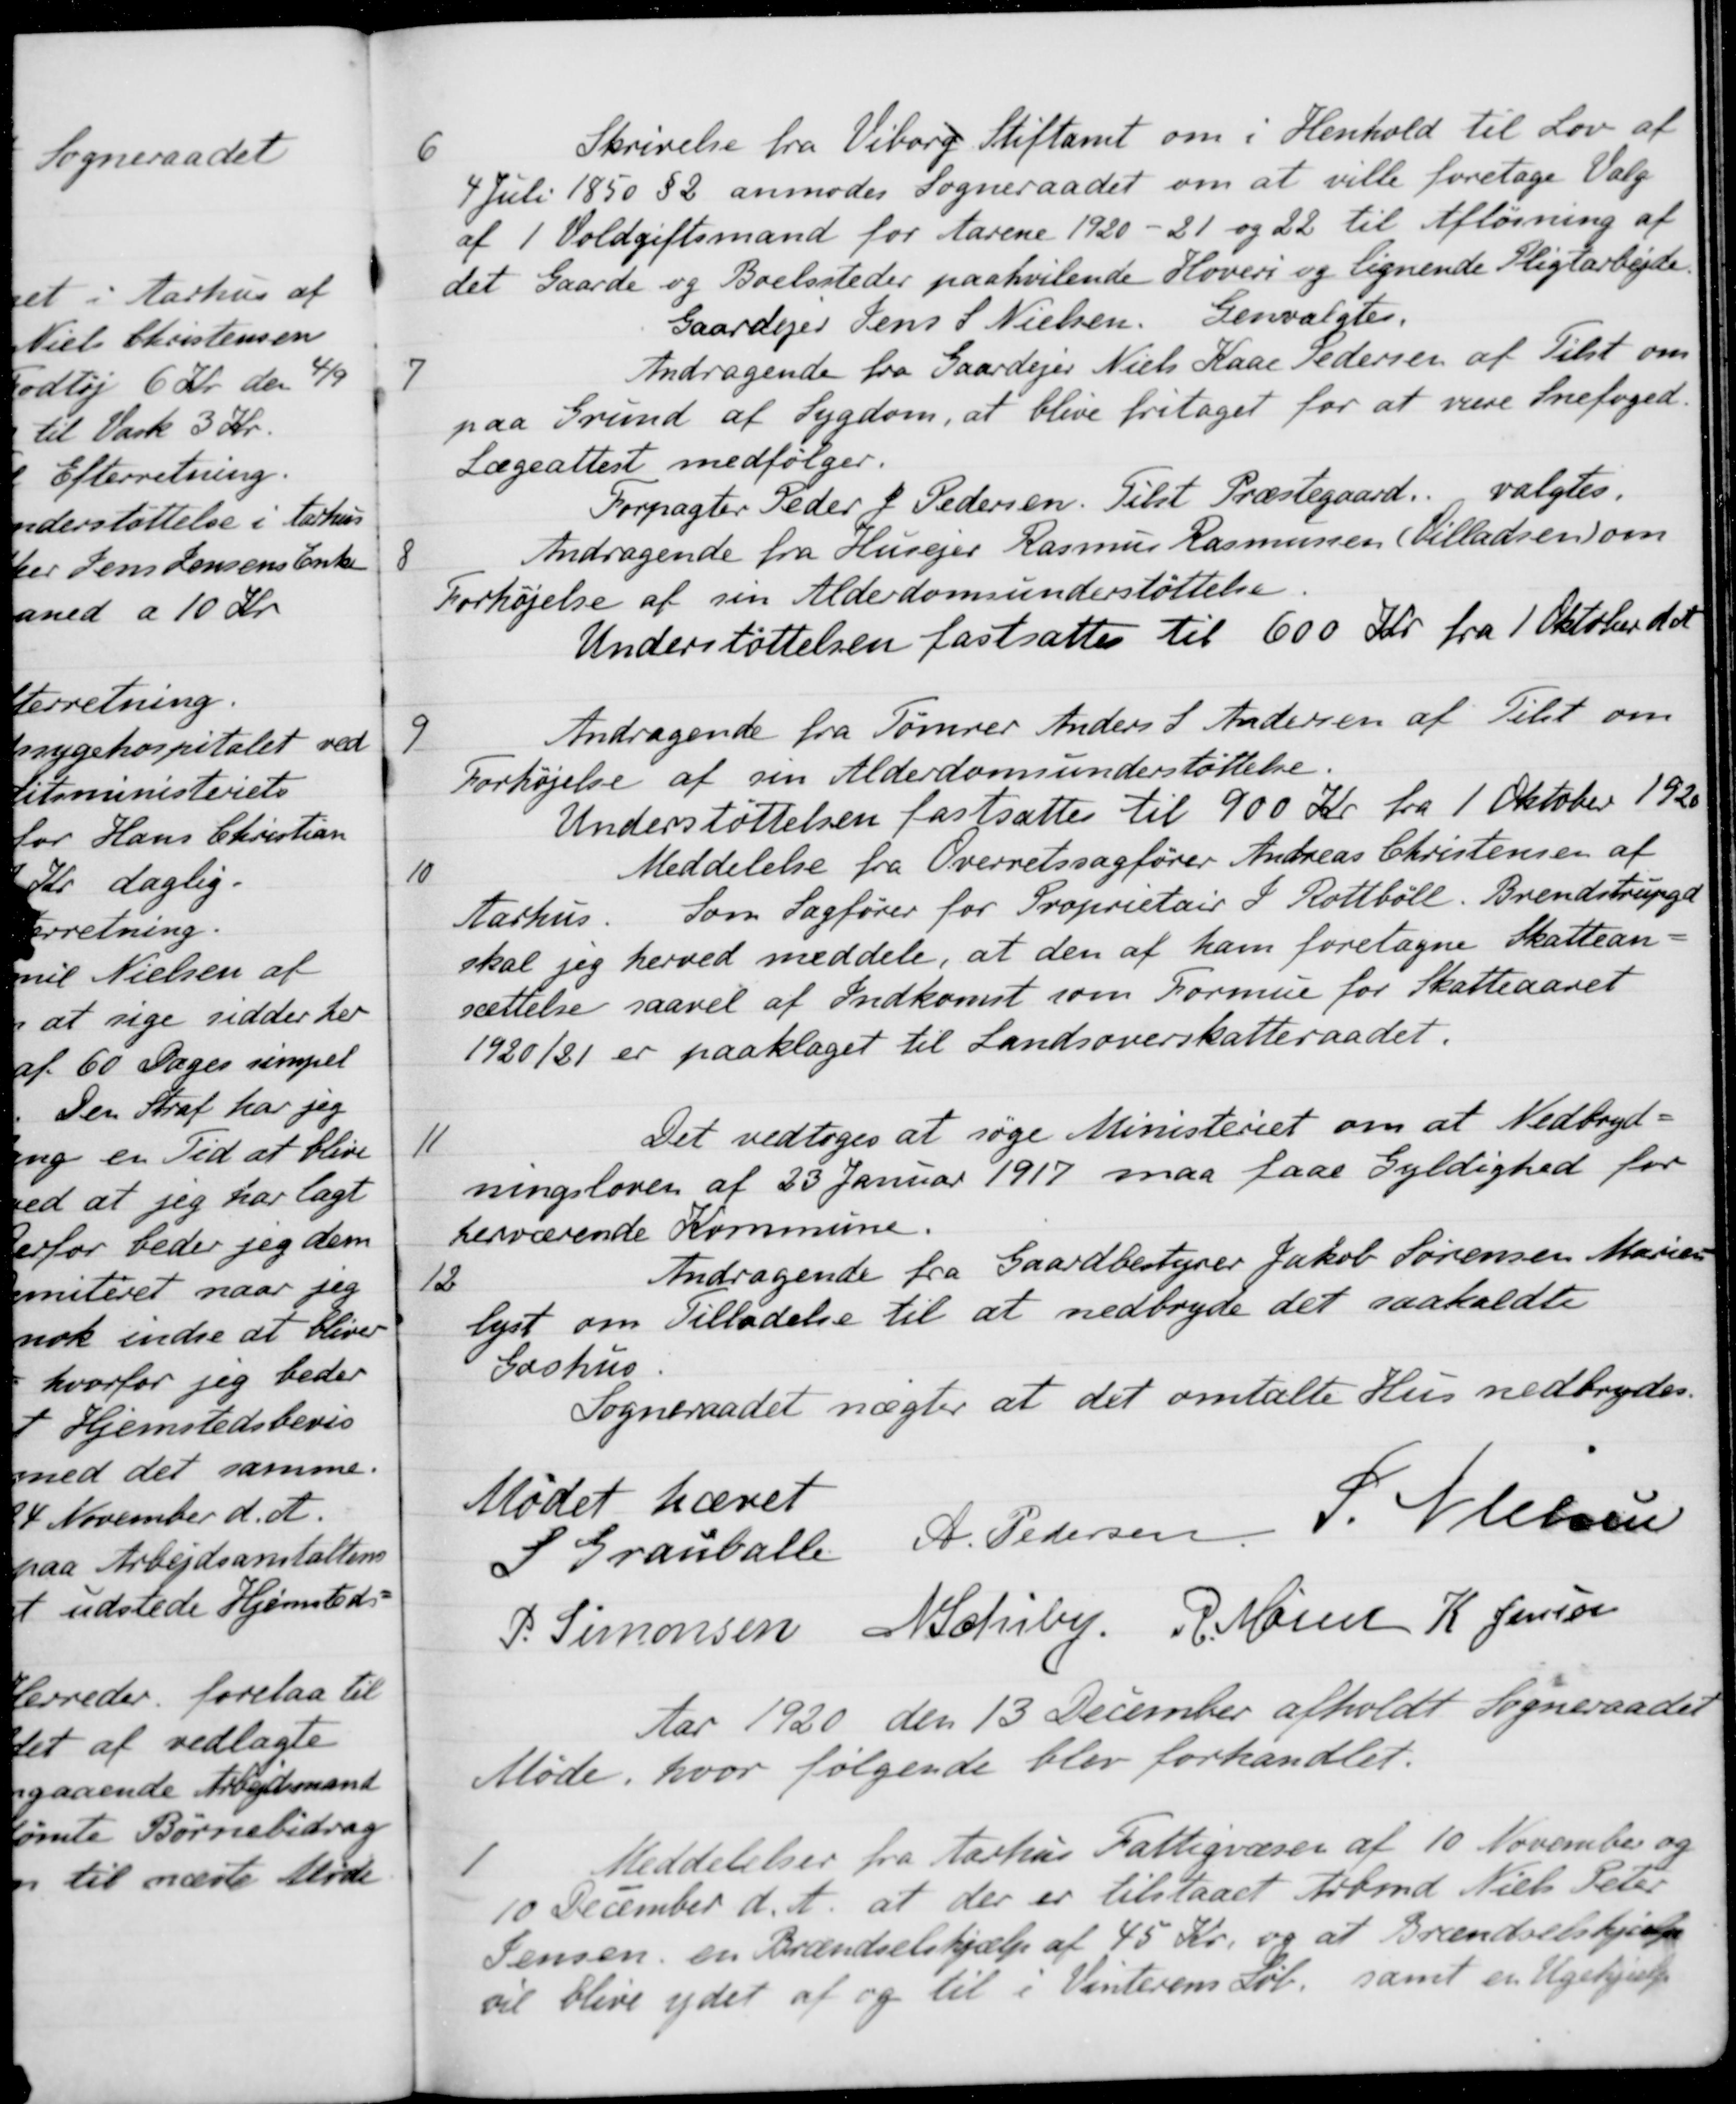
Transskription:
6
Skrivelse fra Viborg Stiftamt om i Henhold til Lov af
4 Juli 1850 § 2 anmodes Sogneraadet om at ville foretage Valg
af 1 Voldgiftsmand for Aarene 1920 - 21 og 22 til Afløsning af
det Gaarde og Boelssteder paahvilende Hoveri og lignende Pligtarbejde.
Gaardejer Jens S. Nielsen. Genvalgtes.
7
Andragende fra Gaardejer Niels Kaae Pedersen af Tilst om
paa Grund af Sygdom, at blive fritaget for at være Snefoged.
Lægeattest medfølger.
Forpagter Peder P Pedersen. Tilst Præstegaard
valgtes
8
Andragende fra Husejer Rasmus Rasmussen( Villadsen) om
Forhøjelse af sin Alderdomsunderstøttelse.
Understøttelsen fastsattes til 600 Kr. fra 1 Oktober d A
9
Andragende fra Tømrer Anders S Andersen af Tilst om
Forhøjelse af sin Alderdomsunderstøttelse.
Understøttelsen fastsættes til 900 Kr fra 1 Oktober 1920
10
Meddelelse fra Overretssagfører Andreas Christensen af
Aarhus Som Sagfører for Proprietair P. Rottbøll. Brendstrupgd
skal jeg herved meddele, at den af ham foretagne Skattean-
sættelse saavel af Indkomst som Formue for Skatteaaret
1920/21 er paaklaget til Landsoverskatteraadet.
11
Det vedtoges at søge Ministeriet om at Nedbryd-
ningsloven af 23 Januar 1917 maa faae Gyldighed for
herværende Kommune.
12
Andragende fra Gaardbestyrer Jakob Sørensen Marien
lyst om Tilladelse til at nedbryde det saakaldte
Gashus
Sogneraadet nægter at det omtalte Hus nedbrydes.
Mødet hævet
S Grauballe
A. Pedersen
S Nielsen
P. Simonsen
N. Schiby.
R Møller
K. Jensen
Aar 1920 den 13 December afholdt Sogneraadet
Møde, hvor følgende blev forhandlet.
1
Meddelelser fra Aarhus Fattigvæsen af 10 November og
10 December d. A. at der er tilstaaet Arbmd Niels Peter
Jensen en Brændselshjælp af 45 Kr. og at Brændselshjælp
vil blive ydet af og til i Vinterens Løb, samt en Ugehjælp